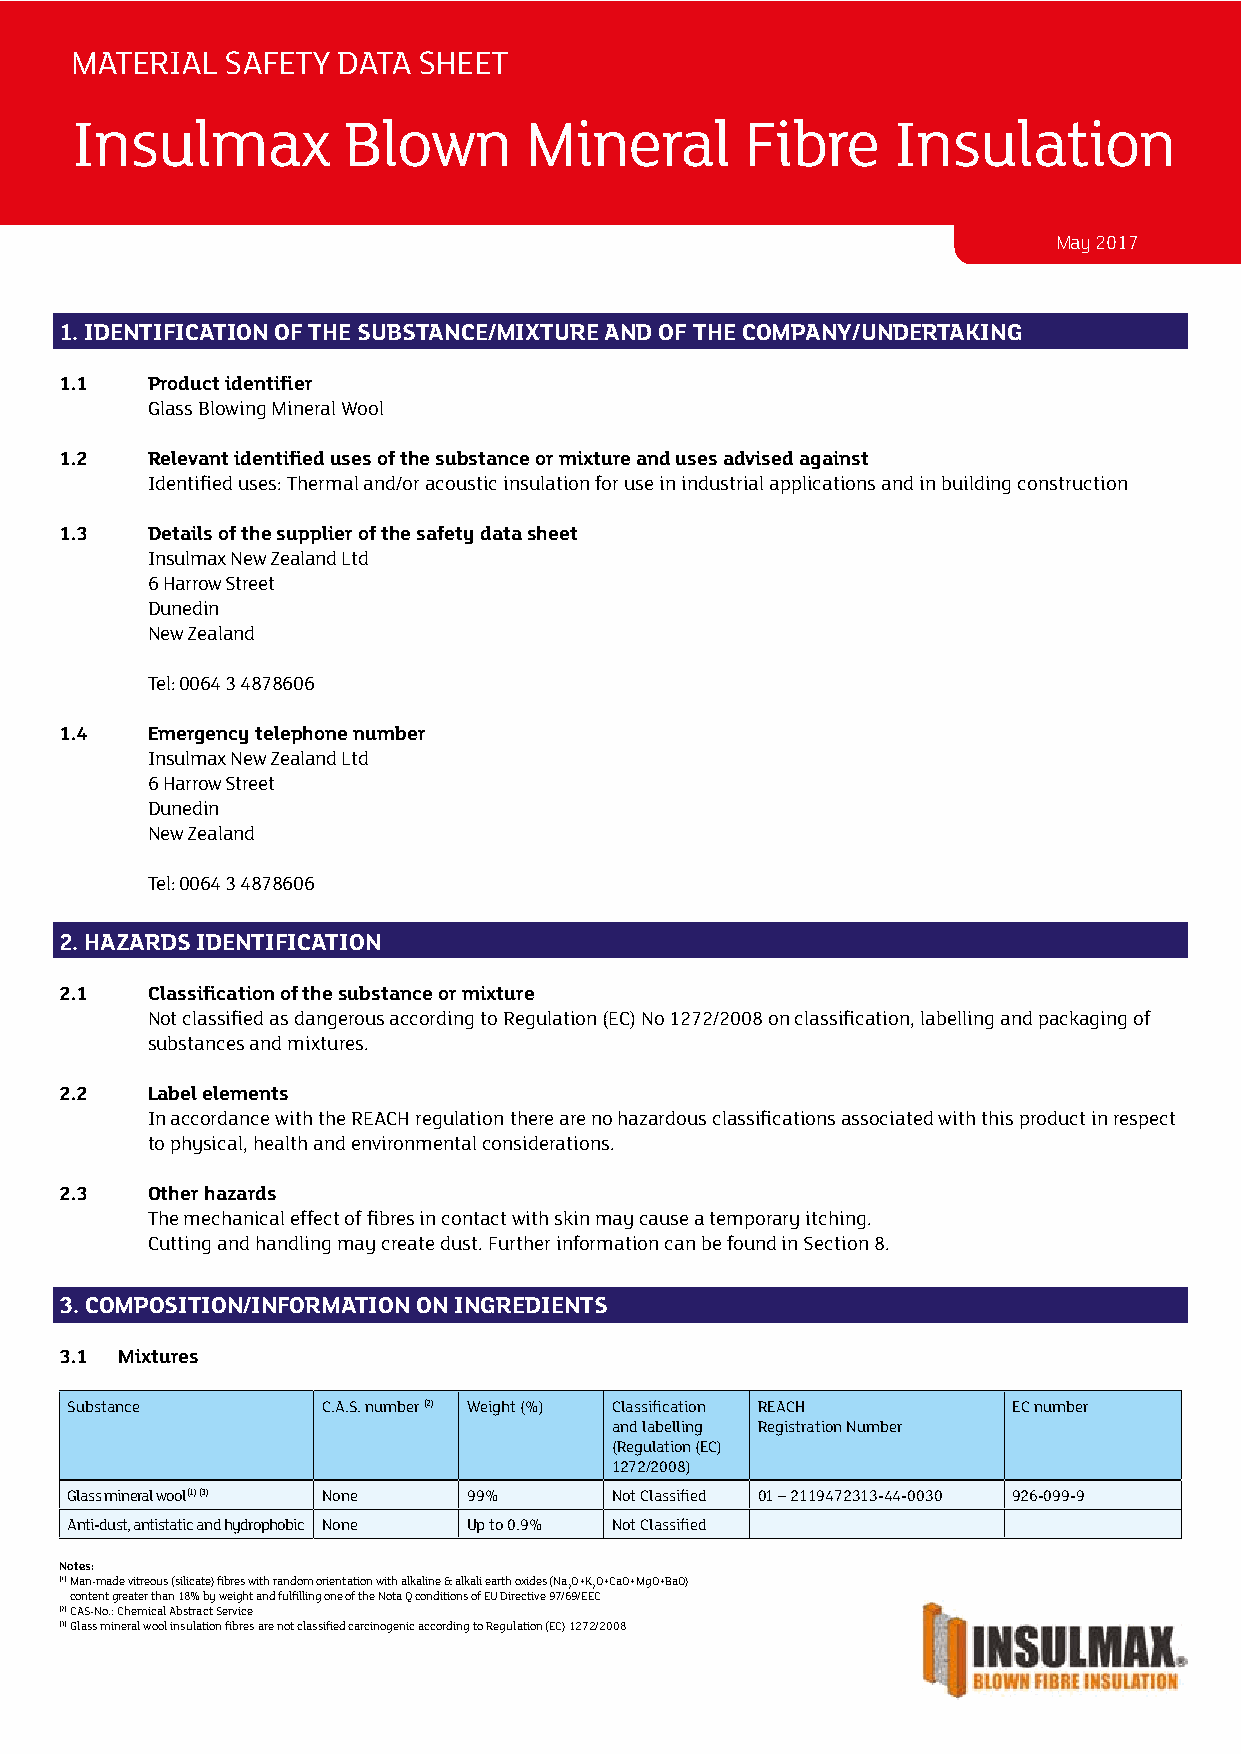
MATERIAL  SAFETY DATA  SHEET
 Insulmax          Blown       Mineral       Fibre     Insulation
 May 2017
 1. IDENTIFICATION OF THE SUBSTANCE/MIXTURE AND OF THE COMPANY/UNDERTAKING
 1.1   Product identifier
 Glass Blowing Mineral Wool
 1.2   Relevant identified uses of the substance or mixture and uses advised against
 Identified uses: Thermal and/or acoustic insulation for use in industrial applications and in building construction
 1.3   Details of the supplier of the safety data sheet
 Insulmax New Zealand Ltd
 6 Harrow Street
 Dunedin
 New Zealand
 Tel: 0064 3 4878606
 1.4   Emergency telephone number
 Insulmax New Zealand Ltd
 6 Harrow Street
 Dunedin
 New Zealand
 Tel: 0064 3 4878606
 2. HAZARDS IDENTIFICATION
 2.1   Classification of the substance or mixture
 Not classified as dangerous according to Regulation (EC) No 1272/2008 on classification, labelling and packaging of
 substances and mixtures.
 2.2   Label elements
 In accordance with the REACH regulation there are no hazardous classifications associated with this product in respect
 to physical, health and environmental considerations.
 2.3   Other hazards
 The mechanical effect of fibres in contact with skin may cause a temporary itching.
 Cutting and handling may create dust. Further information can be found in Section 8.
 3. COMPOSITION/INFORMATION ON INGREDIENTS
 3.1 Mixtures
 Substance        C.A.S. number (2) Weight (%) Classification REACH EC number
 and labelling Registration Number
 (Regulation (EC)
 1272/2008)
 Glass mineral wool (1) (3) None 99% Not Classified 01 – 2119472313-44-0030 926-099-9
 Anti-dust, antistatic and hydrophobic None Up to 0.9% Not Classified
 Notes:
 (1) Man-made vitreous (silicate) fibres with random orientation with alkaline & alkali earth oxides (NaO+KO+CaO+MgO+BaO)
 2 2
 content greater than 18% by weight and fulfilling one of the Nota Q conditions of EU Directive 97/69/EEC
 (2) CAS-No.: Chemical Abstract Service
 (3) Glass mineral wool insulation fibres are not classified carcinogenic according to Regulation (EC) 1272/2008